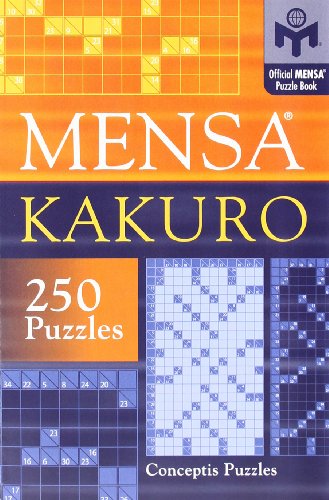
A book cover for MensaÂ® Kakuro; Conceptis Puzzles; Humor & Entertainment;